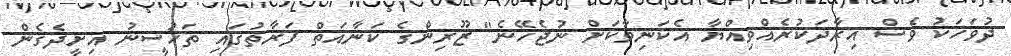
ދުވަހަކު ވެސް އިރާދަކުރެއްވިއްޔާ އެކަނިވާކަށް ނުޖެހޭނެ" ޒޫރިންގެ ކަނާއަތް ފަރާތުގައި ތަހުސީނު އިށީދެގެން